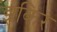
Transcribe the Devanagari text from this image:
झकिर